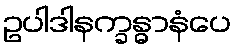
ဥပါဒါနက္ခန္ဓာနံပေ